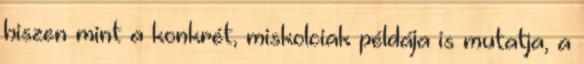
hiszen mint a konkrét, miskolciak példája is mutatja, a